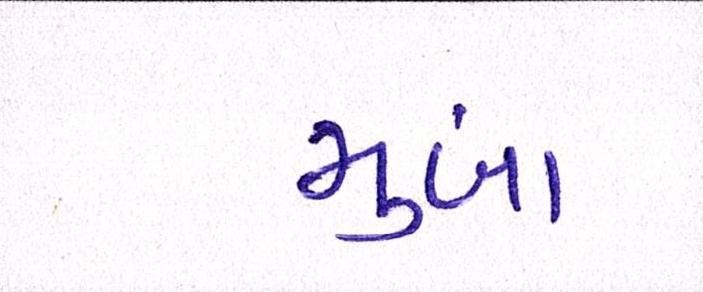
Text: મુંબા